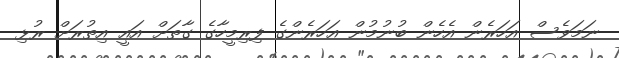
ނަމަވެސް އަހަރެން އެހެން ބުނުމުން އަހަރެންގެ ފިރިމީހާގެ ގާތަށް އައީ އިތުރަށް ރުޅި